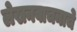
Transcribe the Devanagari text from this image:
लेखनवाचनाचे